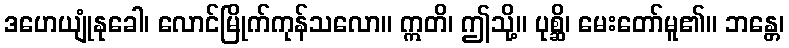
ဒဟေယျုံနုခေါ၊ လောင်မြိုက်ကုန်သလော။ ဣတိ၊ ဤသို့။ ပုစ္ဆိ၊ မေးတော်မူ၏။ ဘန္တေ၊